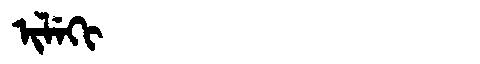
Manchu: ᡳᠯᡝᡴᡳ
Romanization: ILEKI